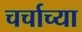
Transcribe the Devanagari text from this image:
चर्चाच्या